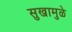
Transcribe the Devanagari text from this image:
सुखामुळे